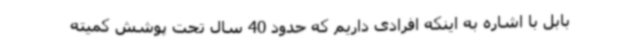
بابل با اشاره به اینکه افرادی داریم که حدود 40 سال تحت پوشش کمیته